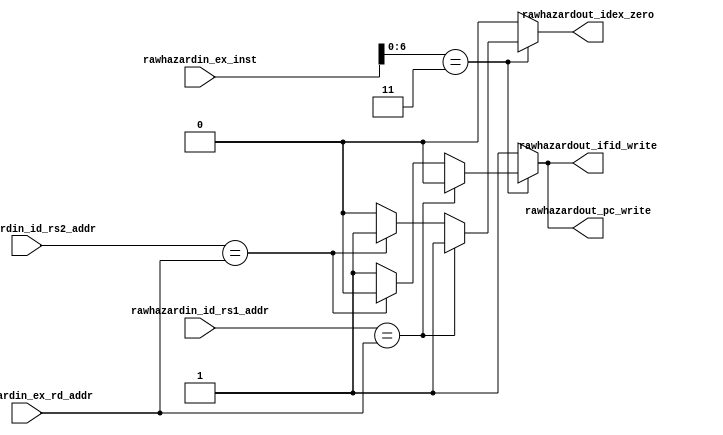
module RAW_HAZARD_UNIT(
    input [4:0] rawhazardin_id_rs1_addr,
    input [4:0] rawhazardin_id_rs2_addr,
    input [4:0] rawhazardin_ex_rd_addr,
    input [31:0] rawhazardin_ex_inst,
    output rawhazardout_pc_write,
    output rawhazardout_ifid_write,
    output rawhazardout_idex_zero
);

    reg rawhazard_pc_write_reg;
    reg rawhazard_ifid_write_reg;
    reg rawhazard_idex_zero_reg;

    always @(*) begin
        if(rawhazardin_ex_inst[6:0] == 7'b0000011) begin // load type
            if(rawhazardin_id_rs1_addr == rawhazardin_ex_rd_addr) begin
                rawhazard_pc_write_reg <= 1'b0;
                rawhazard_ifid_write_reg <= 1'b0;
                rawhazard_idex_zero_reg <= 1'b1;
            end else if (rawhazardin_id_rs2_addr == rawhazardin_ex_rd_addr) begin
                rawhazard_pc_write_reg <= 1'b0;
                rawhazard_ifid_write_reg <= 1'b0;
                rawhazard_idex_zero_reg <= 1'b1;
            end else begin
                rawhazard_pc_write_reg <= 1'b1;
                rawhazard_ifid_write_reg <= 1'b1;
                rawhazard_idex_zero_reg <= 1'b0;
            end
        end else begin
            rawhazard_pc_write_reg <= 1'b1;
            rawhazard_ifid_write_reg <= 1'b1;
            rawhazard_idex_zero_reg <= 1'b0;
        end
    end

    assign rawhazardout_pc_write = rawhazard_pc_write_reg;
    assign rawhazardout_ifid_write = rawhazard_ifid_write_reg;
    assign rawhazardout_idex_zero = rawhazard_idex_zero_reg;

endmodule